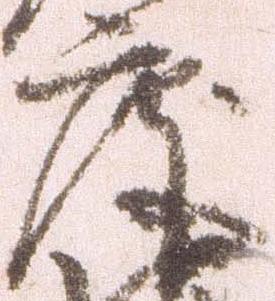
度